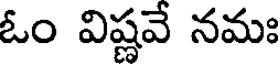
ఓం విష్ణవే నమః